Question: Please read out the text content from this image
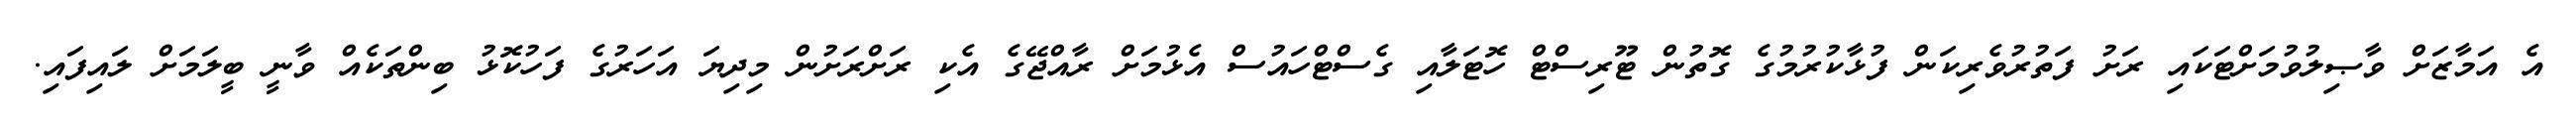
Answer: އެ އަމާޒަށް ވާޞިލުވުމަށްޓަކައި ރަށު ފަތުރުވެރިކަން ފުޅާކުރުމުގެ ގޮތުން ޓޫރިސްޓް ހޮޓަލާއި ގެސްޓްހައުސް އެޅުމަށް ރާއްޖޭގެ އެކި ރަށްރަށުން މިދިޔަ އަހަރުގެ ފަހުކޮޅު ބިންތަކެއް ވާނީ ބީލަމަށް ލައިފައި.